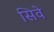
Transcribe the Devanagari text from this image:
सिवे